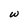
Character: w